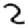
Digit: 2